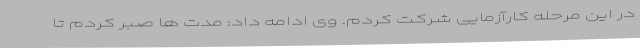
در این مرحله کارآزمایی شرکت کردم. وی ادامه داد: مدت ها صبر کردم تا